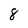
Character: 8